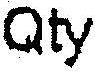
QTY